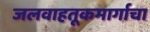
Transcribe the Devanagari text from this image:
जलवाहतूकमार्गाचा